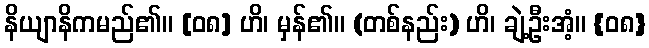
နိယျာနိကမည်၏။ [၀၈] ဟိ၊ မှန်၏။ (တစ်နည်း) ဟိ၊ ချဲ့ဦးအံ့။ {၀၈}